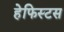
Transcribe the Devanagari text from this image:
हेफिस्टस